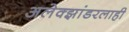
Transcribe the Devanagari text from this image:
अलेक्झांडरलाही